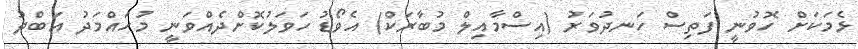
ޅެމަކަށް ހޮވުނީ ފަތިސް ހަނދުވަރު (އިސްމާއިލް މުބާރަކް) އެވޯޑު ހަވަލުކޮށްދެއްވަނީ މުހައްމަދު އަބްދު